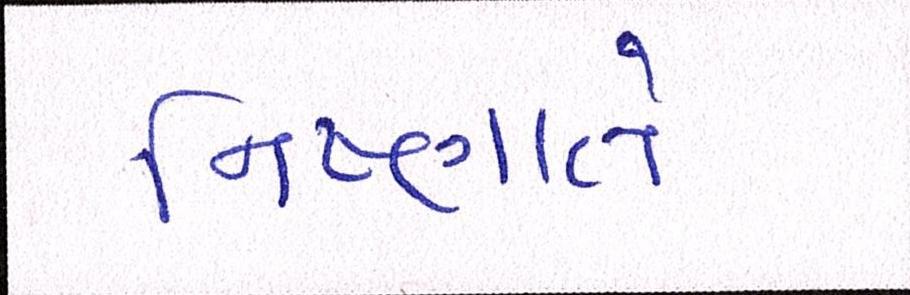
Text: નિષ્ણાતે